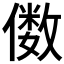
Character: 𫣫